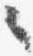
々